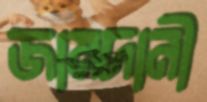
জামদানী